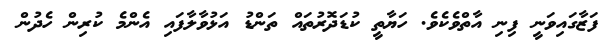
ފަޒާގައިވަނީ ފިނި އާތްވެކެވެ. ހަޔާތީ ކުޑަދޮރުތައް ތަންޑު އަޅުވާލާފައި އެންމެ ކުރިން ހެދުން